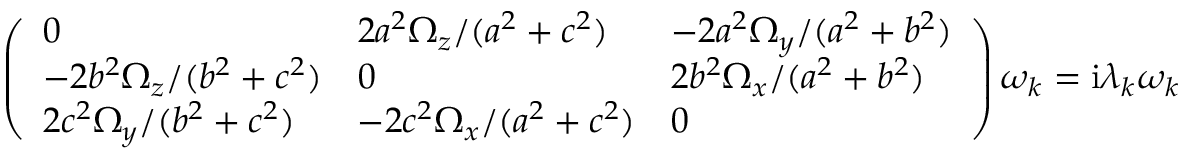
\left( \begin{array} { l l l } { 0 } & { { 2 a ^ { 2 } \Omega _ { z } } / { ( a ^ { 2 } + c ^ { 2 } ) } } & { - { 2 a ^ { 2 } \Omega _ { y } } / { ( a ^ { 2 } + b ^ { 2 } ) } } \\ { - { 2 b ^ { 2 } \Omega _ { z } } / { ( b ^ { 2 } + c ^ { 2 } ) } } & { 0 } & { { 2 b ^ { 2 } \Omega _ { x } } / { ( a ^ { 2 } + b ^ { 2 } ) } } \\ { { 2 c ^ { 2 } \Omega _ { y } } / { ( b ^ { 2 } + c ^ { 2 } ) } } & { - { 2 c ^ { 2 } \Omega _ { x } } / { ( a ^ { 2 } + c ^ { 2 } ) } } & { 0 } \end{array} \right) \boldsymbol { \omega } _ { k } = \mathrm { i } \lambda _ { k } \boldsymbol { \omega } _ { k }